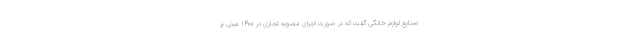
صنایع لوازم خانگی گفت که در صورت اجرای مصوبه تجاری در ۱۴۰۰ مبنی بر